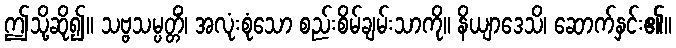
ဤသို့ဆို၍။ သဗ္ဗသမ္ပတ္တိံ၊ အလုံးစုံသော စည်းစိမ်ချမ်းသာကို။ နိယျာဒေသိ၊ ဆောက်နှင်း၏။